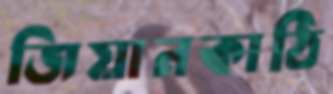
জিয়ানকাঠি